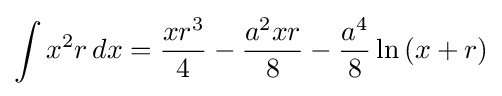
\int x^{2}r\,dx={\frac {xr^{3}}{4}}-{\frac {a^{2}xr}{8}}-{\frac {a^{4}}{8}}\ln \left(x+r\right)